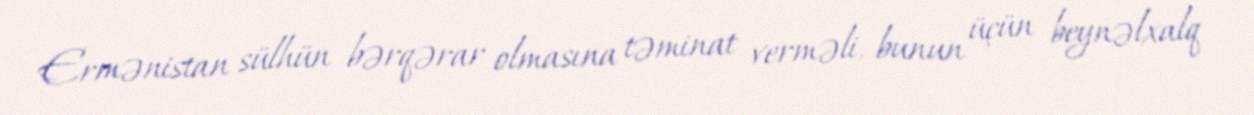
Ermənistan sülhün bərqərar olmasına təminat verməli, bunun üçün beynəlxalq